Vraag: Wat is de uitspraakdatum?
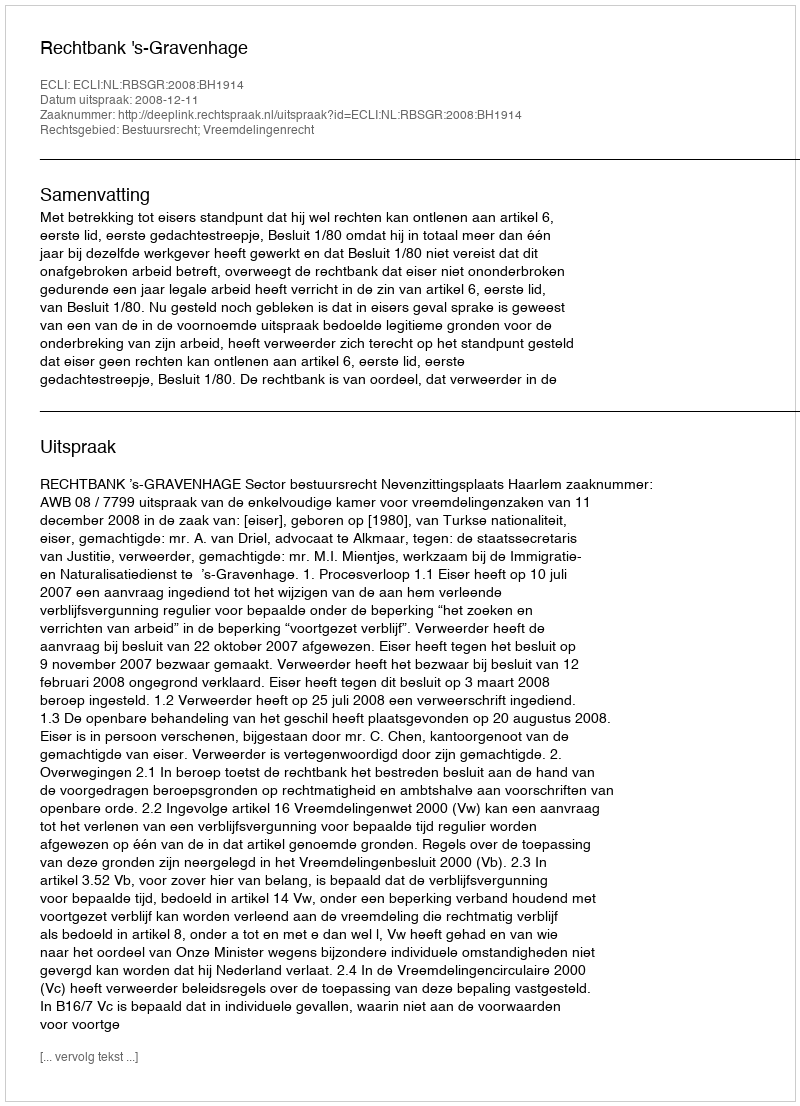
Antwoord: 2008-12-11